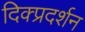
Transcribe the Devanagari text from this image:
दिक्प्रदर्शन